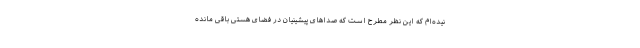
نیده‌ام که این نظر مطرح است که صداهای پیشینیان در فضای هستی باقی مانده